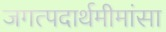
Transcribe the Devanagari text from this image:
जगत्पदार्थमीमांसा